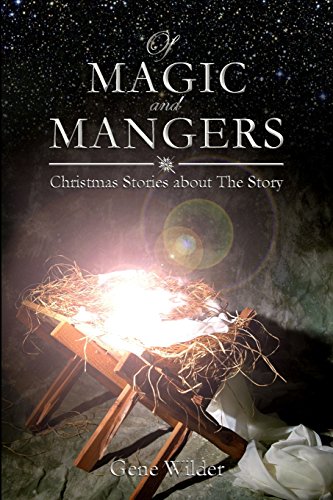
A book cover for Of Magic and Mangers: Christmas Stories about The Story; Gene Wilder; Christian Books & Bibles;